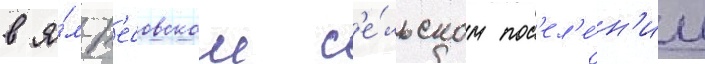
в я́м-т'есовском с'е́льском пос'ел'е́н'ии